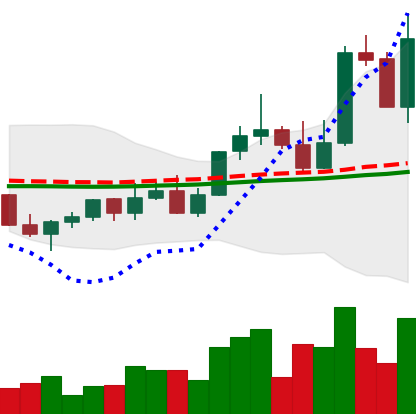
Ticker: LINK-USD
Chart end date: 2022-11-07
Forward return: -29.639%
Label: down_7plus